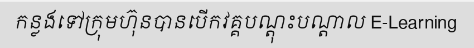
កន្លងទៅក្រុមហ៊ុនបានបើកវគ្គបណ្តុះបណ្តាល E-Learning